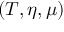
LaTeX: ( T , \eta , \mu )